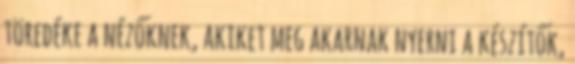
töredéke a nézőknek, akiket meg akarnak nyerni a készítők,